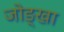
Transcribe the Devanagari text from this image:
जोङ्खा